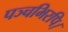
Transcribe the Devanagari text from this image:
पञ्चभिरपि।